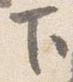
下